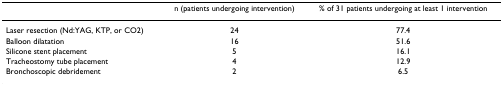
<table><thead><tr><td></td><td><b>n (patients undergoing intervention)</b></td><td><b>% of 31 patients undergoing at least 1 intervention</b></td></tr></thead><tbody><tr><td>Laser resection (Nd:YAG, KTP, or CO2)</td><td>24</td><td>77.4</td></tr><tr><td>Balloon dilatation</td><td>16</td><td>51.6</td></tr><tr><td>Silicone stent placement</td><td>5</td><td>16.1</td></tr><tr><td>Tracheostomy tube placement</td><td>4</td><td>12.9</td></tr><tr><td>Bronchoscopic debridement</td><td>2</td><td>6.5</td></tr></tbody></table>